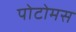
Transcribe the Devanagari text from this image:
पोटोमस